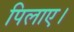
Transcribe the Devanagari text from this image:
पिलाए।